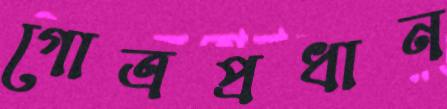
গোত্রপ্রধান